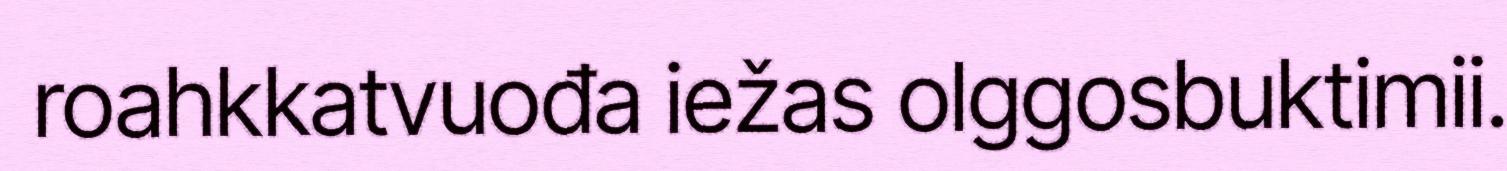
roahkkatvuođa iežas olggosbuktimii.